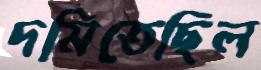
দমিতেছিল